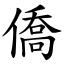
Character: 僑